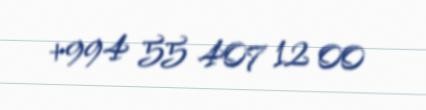
+994 55 407 12 00